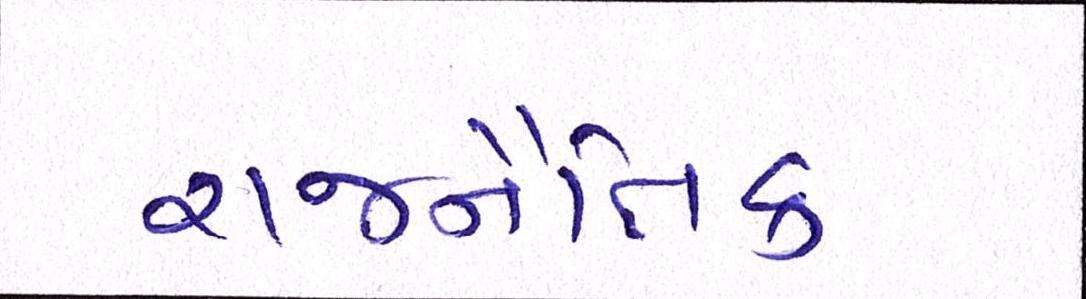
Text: રાજનૈતિક